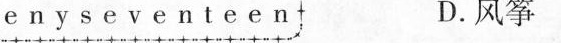
e n y s e v e n t e e n D.风筝